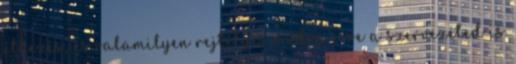
étkezés, és valamilyen rejtélyes módon erre a szervezeted is